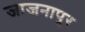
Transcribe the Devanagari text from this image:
जाजनापुर